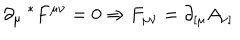
LaTeX: \partial _ { \mu } { ~ } ^ { * } F ^ { \mu \nu } = 0 \Rightarrow F _ { \mu \nu } = \partial _ { [ \mu } A _ { \nu ] }